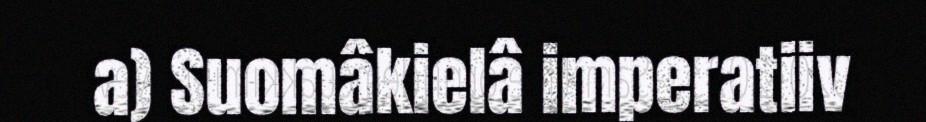
a) Suomâkielâ imperatiiv